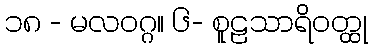
၁၈ - မလဝဂ္ဂ။ ၆- စူဠသာရိဝတ္ထု